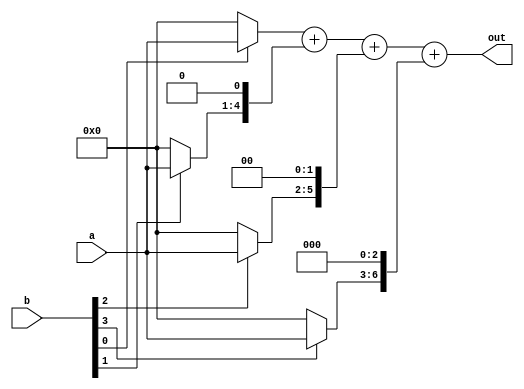
`timescale 1ns/10ps
module combmul(out,a,b);
input [3:0]a,b;
output [7:0]out;
wire [7:0]out0,out1,out2,out3;
wire [3:0]temp0,temp1,temp2,temp3;

assign temp0 = (b[0])? a:4'b0000;
assign temp1 = (b[1])? a:4'b0000;
assign temp2 = (b[2])? a:4'b0000; 
assign temp3 = (b[3])? a:4'b0000; 
   

assign out0 = {4'b0000,temp0};
assign out1 = {3'b000,temp1,1'b0};
assign out2 = {2'b00,temp2,2'b00};
assign out3 = {1'b0,temp3,3'b000};

assign out = out0 + out1 + out2 + out3;

endmodule 

module mul_8(out,a,b);
output [15:0]out;
input [7:0]a,b;
wire [7:0]temp0,temp1,temp2,temp3;
wire [15:0]out0,out1,out2;

combmul m0(temp0,a[3:0],b[3:0]);
combmul m1(temp1,a[7:4],b[7:4]);
combmul m2(temp2,a[7:4],b[3:0]);
combmul m3(temp3,a[3:0],b[7:4]);

assign out0 = {temp1,temp0};
assign out1 = {4'b0000,temp2,4'b0000};
assign out2 = {4'b0000,temp3,4'b0000};
assign out = out0 + out1 + out2;

endmodule

module tb_mul_8();
wire [15:0]out;
reg [7:0]a,b;

mul_8 uut(out,a,b);

initial #00 a=8'b10000000;
initial #00 b=8'b00000011;

initial #60 a=8'b11111111;
initial #60 b=8'b11111111;

initial $monitor("t=%3d, out=%16b, a=%8b, b=%8b",$time,out,a,b);
initial #250 $stop;

endmodule